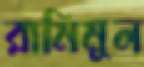
রামিমুল